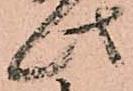
此